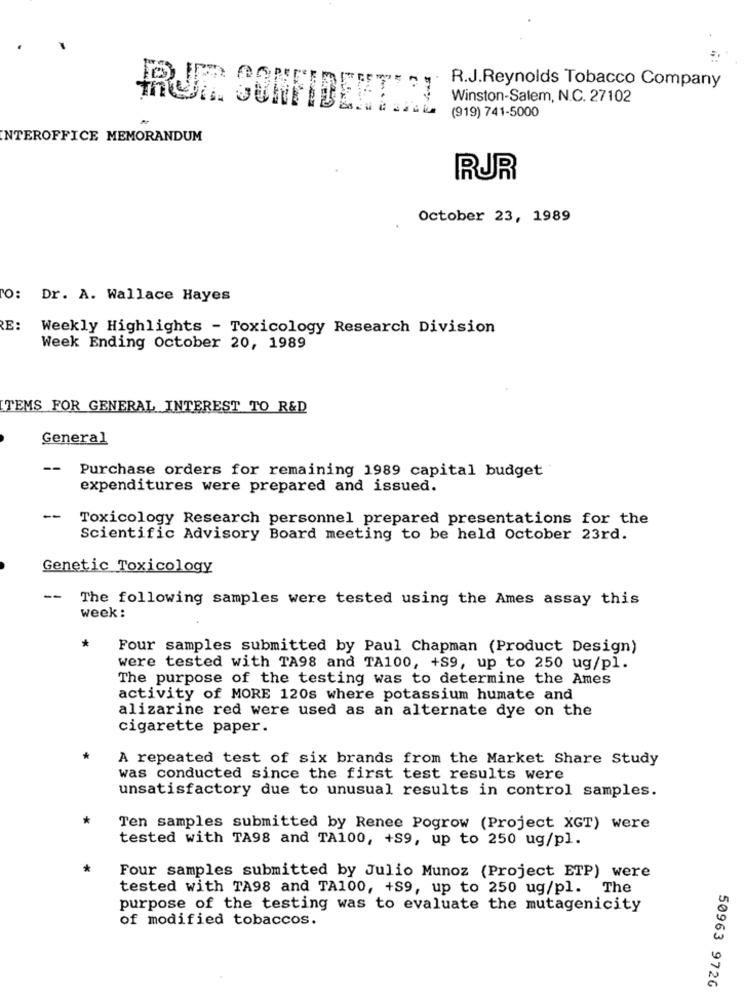
R.J.Reynolds Tobacco Company
Winston-Salem, N.C. 27102
RUFE CONFIDENT:I
(919) 741-5000
NTEROFFICE MEMORANDUM
RUR
October 23, 1989
TO:
Dr. A. Wallace Hayes
RE:
Weekly Highlights - Toxicology Research Division
Week Ending October 20, 1989
ITEMS FOR GENERAL INTEREST TO R&D
General
--
Purchase orders for remaining 1989 capital budget
expenditures were prepared and issued.
Toxicology Research personnel prepared presentations for the
Scientific Advisory Board meeting to be held October 23rd.
Genetic Toxicology
--
The following samples were tested using the Ames assay this
week :
*
Four samples submitted by Paul Chapman (Product Design)
were tested with TA98 and TA100, +S9, up to 250 ug/pl.
The purpose of the testing was to determine the Ames
activity of MORE 120s where potassium humate and
alizarine red were used as an alternate dye on the
cigarette paper.
A repeated test of six brands from the Market Share Study
was conducted since the first test results were
unsatisfactory due to unusual results in control samples.
Ten samples submitted by Renee Pogrow (Project XGT) were
tested with TA98 and TA100, +S9, up to 250 ug/pl.
Four samples submitted by Julio Munoz (Project ETP) were
tested with TA98 and TA100, +S9, up to 250 ug/pl. The
purpose of the testing was to evaluate the mutagenicity
of modified tobaccos.
50963 972G